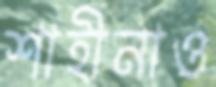
শাহীনাও